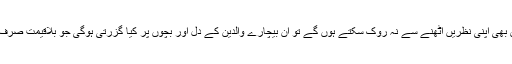
جب مہنگے جھولوں کی جانب والدین اور بچے باوجود کوشش بھی اپنی نظریں اٹھنے سے نہ روک سکتے ہوں گے تو ان بیچارے والدین کے دل اور بچوں پر کیا گزرتی ہوگی جو بلاقیمت صرف رنگ برنگے جھولوں پر حسرت کی نگاہ ہی ڈال سکتے ہیں!